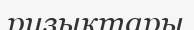
ризықтары